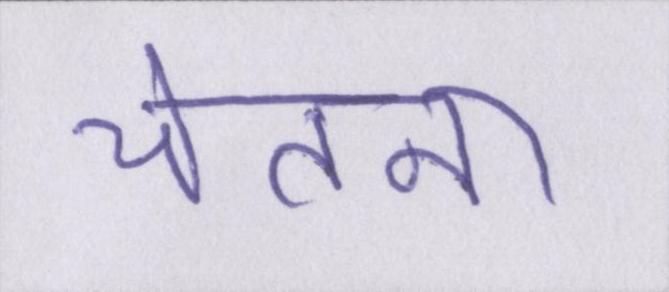
चेतना